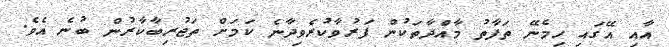
އާއި އޭގައި ހިމެނޭ ތަފާތު މާއްދާތަކުން ފަރުވާކުރެވިދާނެ ކަމަށް ތަޖުރިބާކާރުން ބުނެ އެވެ.